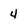
Character: 4